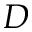
D